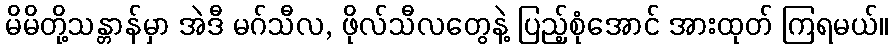
မိမိတို့သန္တာန်မှာ အဲဒီ မဂ်သီလ, ဖိုလ်သီလတွေနဲ့ ပြည့်စုံအောင် အားထုတ် ကြရမယ်။